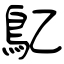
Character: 鳦